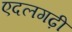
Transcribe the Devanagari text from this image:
एदलगढ़ी